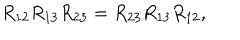
R _ { 1 2 } R _ { 1 3 } R _ { 2 3 } = R _ { 2 3 } R _ { 1 3 } R _ { 1 2 } ,